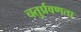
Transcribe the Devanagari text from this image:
चतुर्प्रवणता